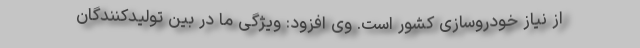
از نیاز خودروسازی کشور است. وی افزود: ویژگی ما در بین تولیدکنندگان